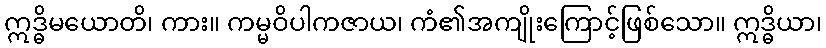
ဣဒ္ဓိမယောတိ၊ ကား။ ကမ္မဝိပါကဇာယ၊ ကံ၏အကျိုးကြောင့်ဖြစ်သော။ ဣဒ္ဓိယာ၊